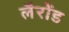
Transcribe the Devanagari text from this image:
लैरोंड